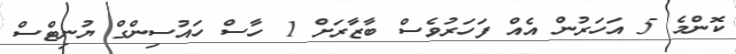
ކޮންމެ 5 އަހަރުން އެއް ފަހަރުވެސް ބާޒާރަށް 1 ހާސް ހައުސިންގް ޔުނިޓްސް